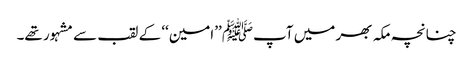
چنانچہ مکہ بھر میں آپﷺ ’’امین‘‘ کے لقب سے مشہور تھے۔